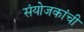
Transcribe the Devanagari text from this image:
संयोजकांची